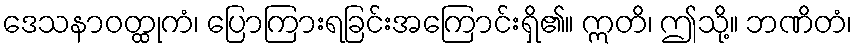
ဒေသနာဝတ္ထုကံ၊ ပြောကြားရခြင်းအကြောင်းရှိ၏။ ဣတိ၊ ဤသို့။ ဘဏိတံ၊